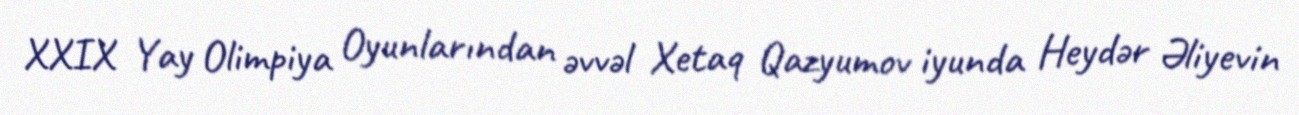
XXIX Yay Olimpiya Oyunlarından əvvəl Xetaq Qazyumov iyunda Heydər Əliyevin